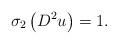
LaTeX: \begin{align*}\sigma_{2}\left( D^{2}u\right) =1.\end{align*}